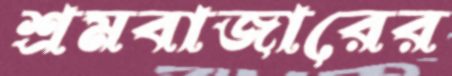
শ্রমবাজারের